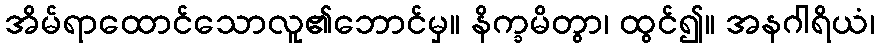
အိမ်ရာထောင်သောလူ၏ဘောင်မှ။ နိက္ခမိတွာ၊ ထွင်၍။ အနဂါရိယံ၊